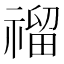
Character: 𥛅